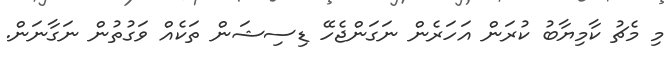
މި މެޗު ކާމިޔާބު ކުރަން އަހަރެން ނަގަންޖެހޭ ޑިސިޝަން ތަކެއް ވަގުތުން ނަގާނަން.